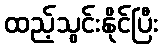
ထည့်သွင်းနိုင်ပြီး